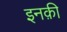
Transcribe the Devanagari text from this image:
इनक़ी